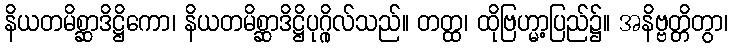
နိယတမိစ္ဆာဒိဋ္ဌိကော၊ နိယတမိစ္ဆာဒိဋ္ဌိပုဂ္ဂိုလ်သည်။ တတ္ထ၊ ထိုဗြဟ္မာ့ပြည်၌။ အနိဗ္ဗတ္တိတွာ၊